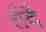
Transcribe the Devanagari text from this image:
तेंदै